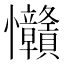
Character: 𢦅